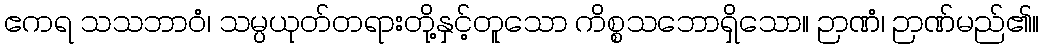
ဧကရ သသဘာဝံ၊ သမ္ပယုတ်တရားတို့နှင့်တူသော ကိစ္စသဘောရှိသော။ ဉာဏံ၊ ဉာဏ်မည်၏။